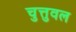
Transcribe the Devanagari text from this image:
चुत्तुवल